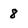
Character: 8